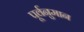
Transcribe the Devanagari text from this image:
पूर्वनुमान